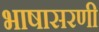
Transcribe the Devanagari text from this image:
भाषासरणी